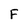
Character: F